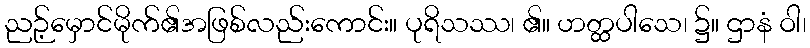
ညဉ့်မှောင်မိုက်၏အဖြစ်လည်းကောင်း။ ပုရိသဿ၊ ၏။ ဟတ္ထပါသေ၊ ၌။ ဌာနံ ဝါ၊